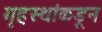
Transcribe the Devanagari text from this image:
गृहस्थांकडून